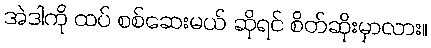
အဲဒါကို ထပ် စစ်ဆေးမယ် ဆိုရင် စိတ်ဆိုးမှာလား။